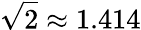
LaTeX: {\sqrt{2}}\approx 1.414